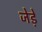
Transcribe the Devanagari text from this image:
जेड़े